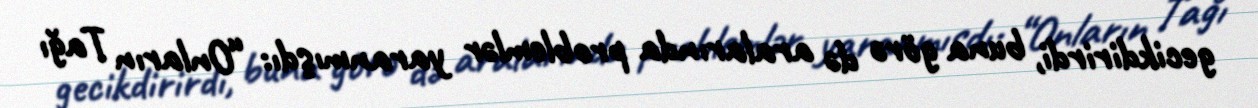
gecikdirirdi, buna görə də aralarında problemlər yaranmışdı: “Onların Tağı